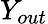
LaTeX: Y_{out}